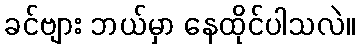
ခင်ဗျား ဘယ်မှာ နေထိုင်ပါသလဲ။